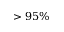
> 9 5 \%